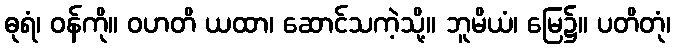
ဓုရံ၊ ဝန်ကို။ ဝဟတိ ယထာ၊ ဆောင်သကဲ့သို့။ ဘူမိယံ၊ မြေ၌။ ပတိတုံ၊